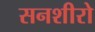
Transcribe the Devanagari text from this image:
सनशीरो